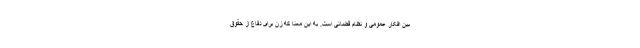
بین افکار عمومی و نظام قضائی است. به این معنا که زن برای دفاع از حقوق